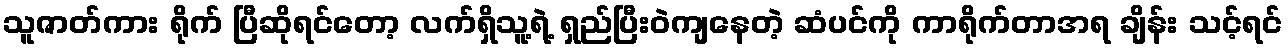
သူဇာတ်ကား ရိုက် ပြီဆိုရင်တော့ လက်ရှိသူ့ရဲ့ ရှည်ပြီးဝဲကျနေတဲ့ ဆံပင်ကို ကာရိုက်တာအရ ချိန်း သင့်ရင်